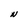
Character: N